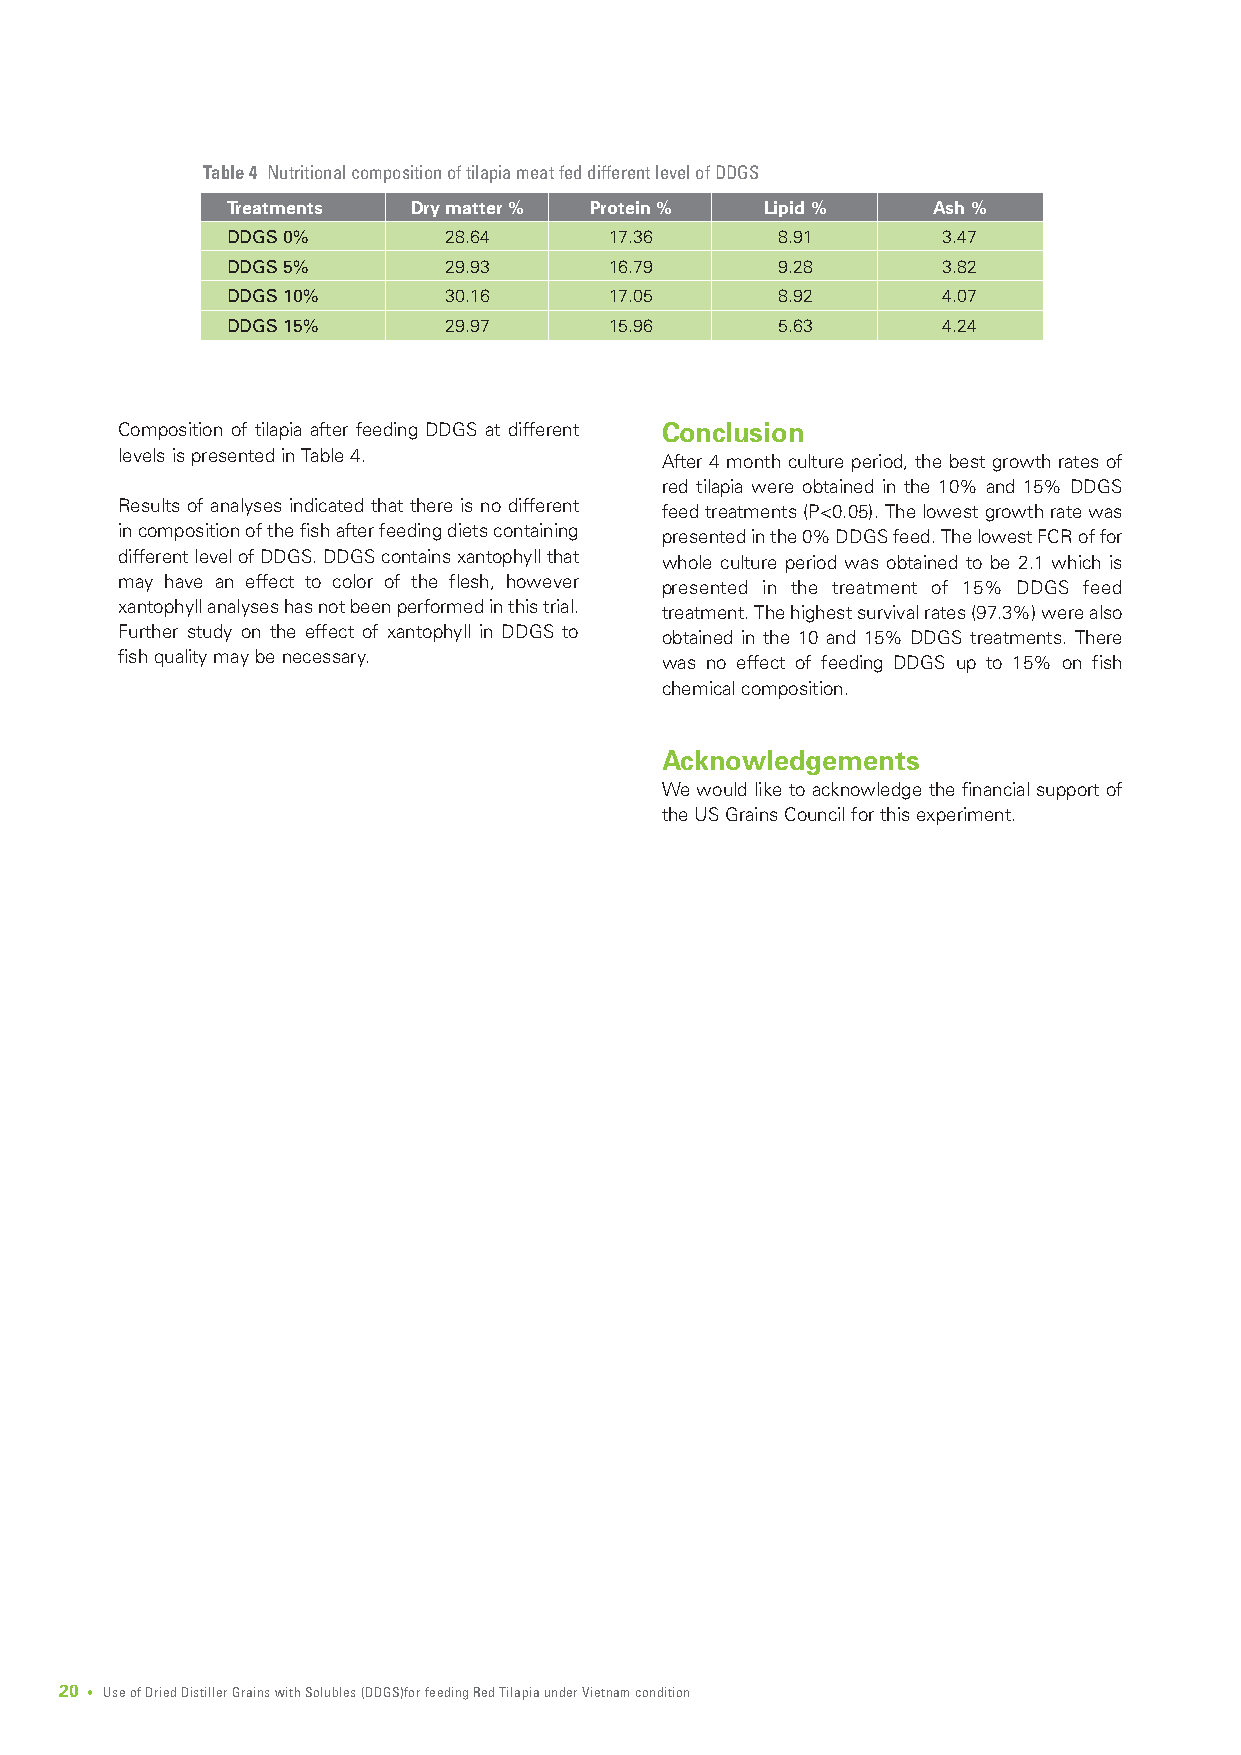
Table 4 Nutritional composition of tilapia meat fed different level of DDGS
 Treatments  Dry matter % Protein %  Lipid %    Ash %
 DDGS 0%       28.64      17.36      8.91       3.47
 DDGS 5%       29.93      16.79      9.28       3.82
 DDGS 10%      30.16      17.05      8.92       4.07
 DDGS 15%      29.97      15.96      5.63       4.24
 Composition of tilapia after feeding DDGS at different Conclusion
 levels is presented in Table 4.     After 4 month culture period, the best growth rates of
 red tilapia were obtained in the 10% and 15% DDGS
 Results of analyses indicated that there is no different feed treatments (P<0.05). The lowest growth rate was
 in composition of the fish after feeding diets containing presented in the 0% DDGS feed. The lowest FCR of for
 different level of DDGS. DDGS contains xantophyll that whole culture period was obtained to be 2.1 which is
 may have an effect to color of the flesh, however presented in the treatment of 15% DDGS feed
 xantophyll analyses has not been performed in this trial. treatment. The highest survival rates (97.3%) were also
 Further study on the effect of xantophyll in DDGS to obtained in the 10 and 15% DDGS treatments. There
 fish quality may be necessary.      was no effect of feeding DDGS up to 15% on fish
 chemical composition.
 Acknowledgements
 We would like to acknowledge the financial support of
 the US Grains Council for this experiment.
 20 • Use of Dried Distiller Grains with Solubles (DDGS)for feeding Red Tilapia under Vietnam condition